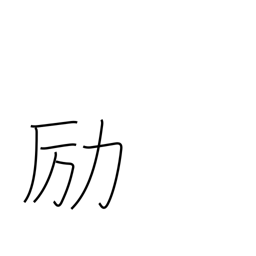
Meaning: be diligent